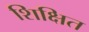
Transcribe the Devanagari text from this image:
शिक्षित